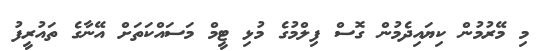
މި މޭރުމުން ކިޔައިދެމުން ގޮސް ފިލްމުގެ މުޅި ޓީމް މަސައްކަތަށް އޭނާގެ ތައުރީފު